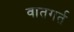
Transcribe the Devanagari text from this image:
वातगर्त